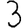
Digit: 3